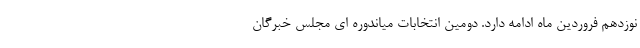
نوزدهم فروردین ماه ادامه دارد. دومین انتخابات میاندوره ای مجلس خبرگان